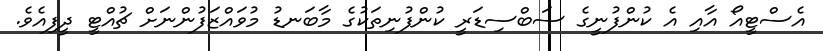
އެސްޓީއޯ އާއި އެ ކުންފުނީގެ ސަބްސިޑަރީ ކުންފުނިތަކުގެ މާބަނޑު މުވައްޒަފުންނަށް ޗުއްޓީ ދީފިއެވެ.